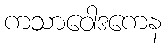
ကသာဝေါဒကေန